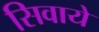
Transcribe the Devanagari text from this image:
सिवाये